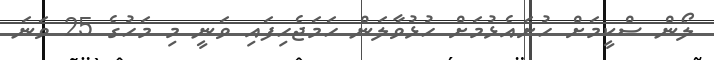
ލޯން ސްކީމަށް ހުށައެޅުމަށް ހުޅުވާލަން ހަމަޖެހިފައި ވަނީ މި މަހުގެ 25 ވަނަ